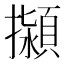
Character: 㩩